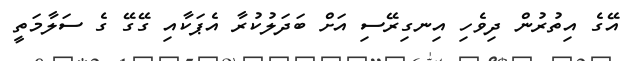
އޭގެ އިތުރުން ދިވެހި އިނގިރޭސި އަށް ބަދަލުކުރާ އެޕަކާއި ގޭގޭ ގެ ސަލާމަތީ